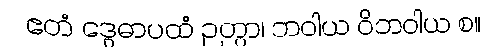
ဧတံ ဒွေဓာပထံ ဉတွာ၊ ဘဝါယ ဝိဘဝါယ စ။